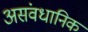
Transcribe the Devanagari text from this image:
असंवधानिक